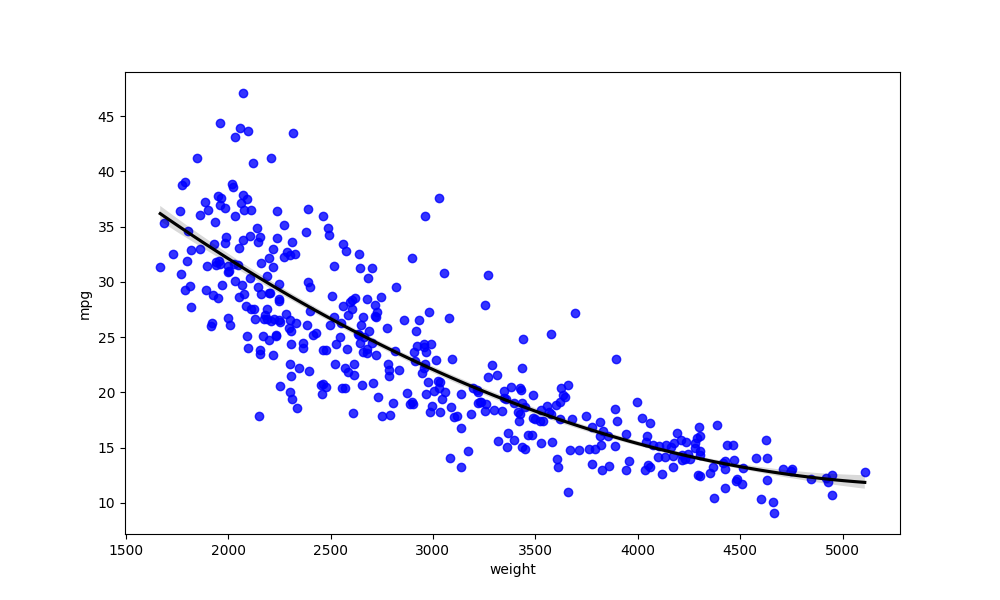
python, seaborn, regplot, order=2, ci=68, scatter_color=blue, line_color=black